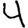
Digit: 4